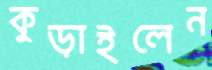
কুড়াইলেন